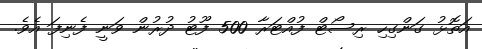
އަތޮޅު ގަންގިހި ރިސޯޓް ފުއްޓަރާ 500 ފޫޓު ދުރުން ވަނީ ފެނިފަ އެވެ.